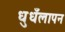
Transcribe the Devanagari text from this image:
धुधँलापन